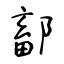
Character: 鄐